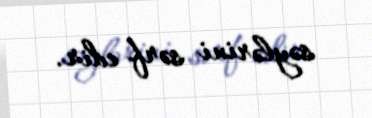
səylərini sərf edir.